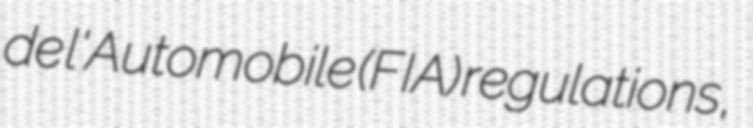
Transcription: de l'Automobile (FIA) regulations,